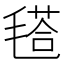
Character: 𣯚